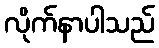
လိုက်နာပါသည်